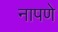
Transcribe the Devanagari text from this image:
नापणे